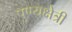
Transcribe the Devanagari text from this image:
पुण्यक्षेत्री